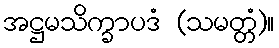
အဋ္ဌမသိက္ခာပဒံ (သမတ္တံ)။